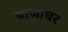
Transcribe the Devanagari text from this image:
बाजाघर